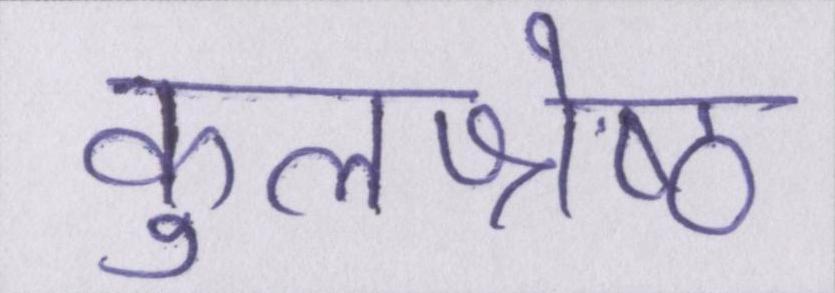
कुलश्रेष्ठ